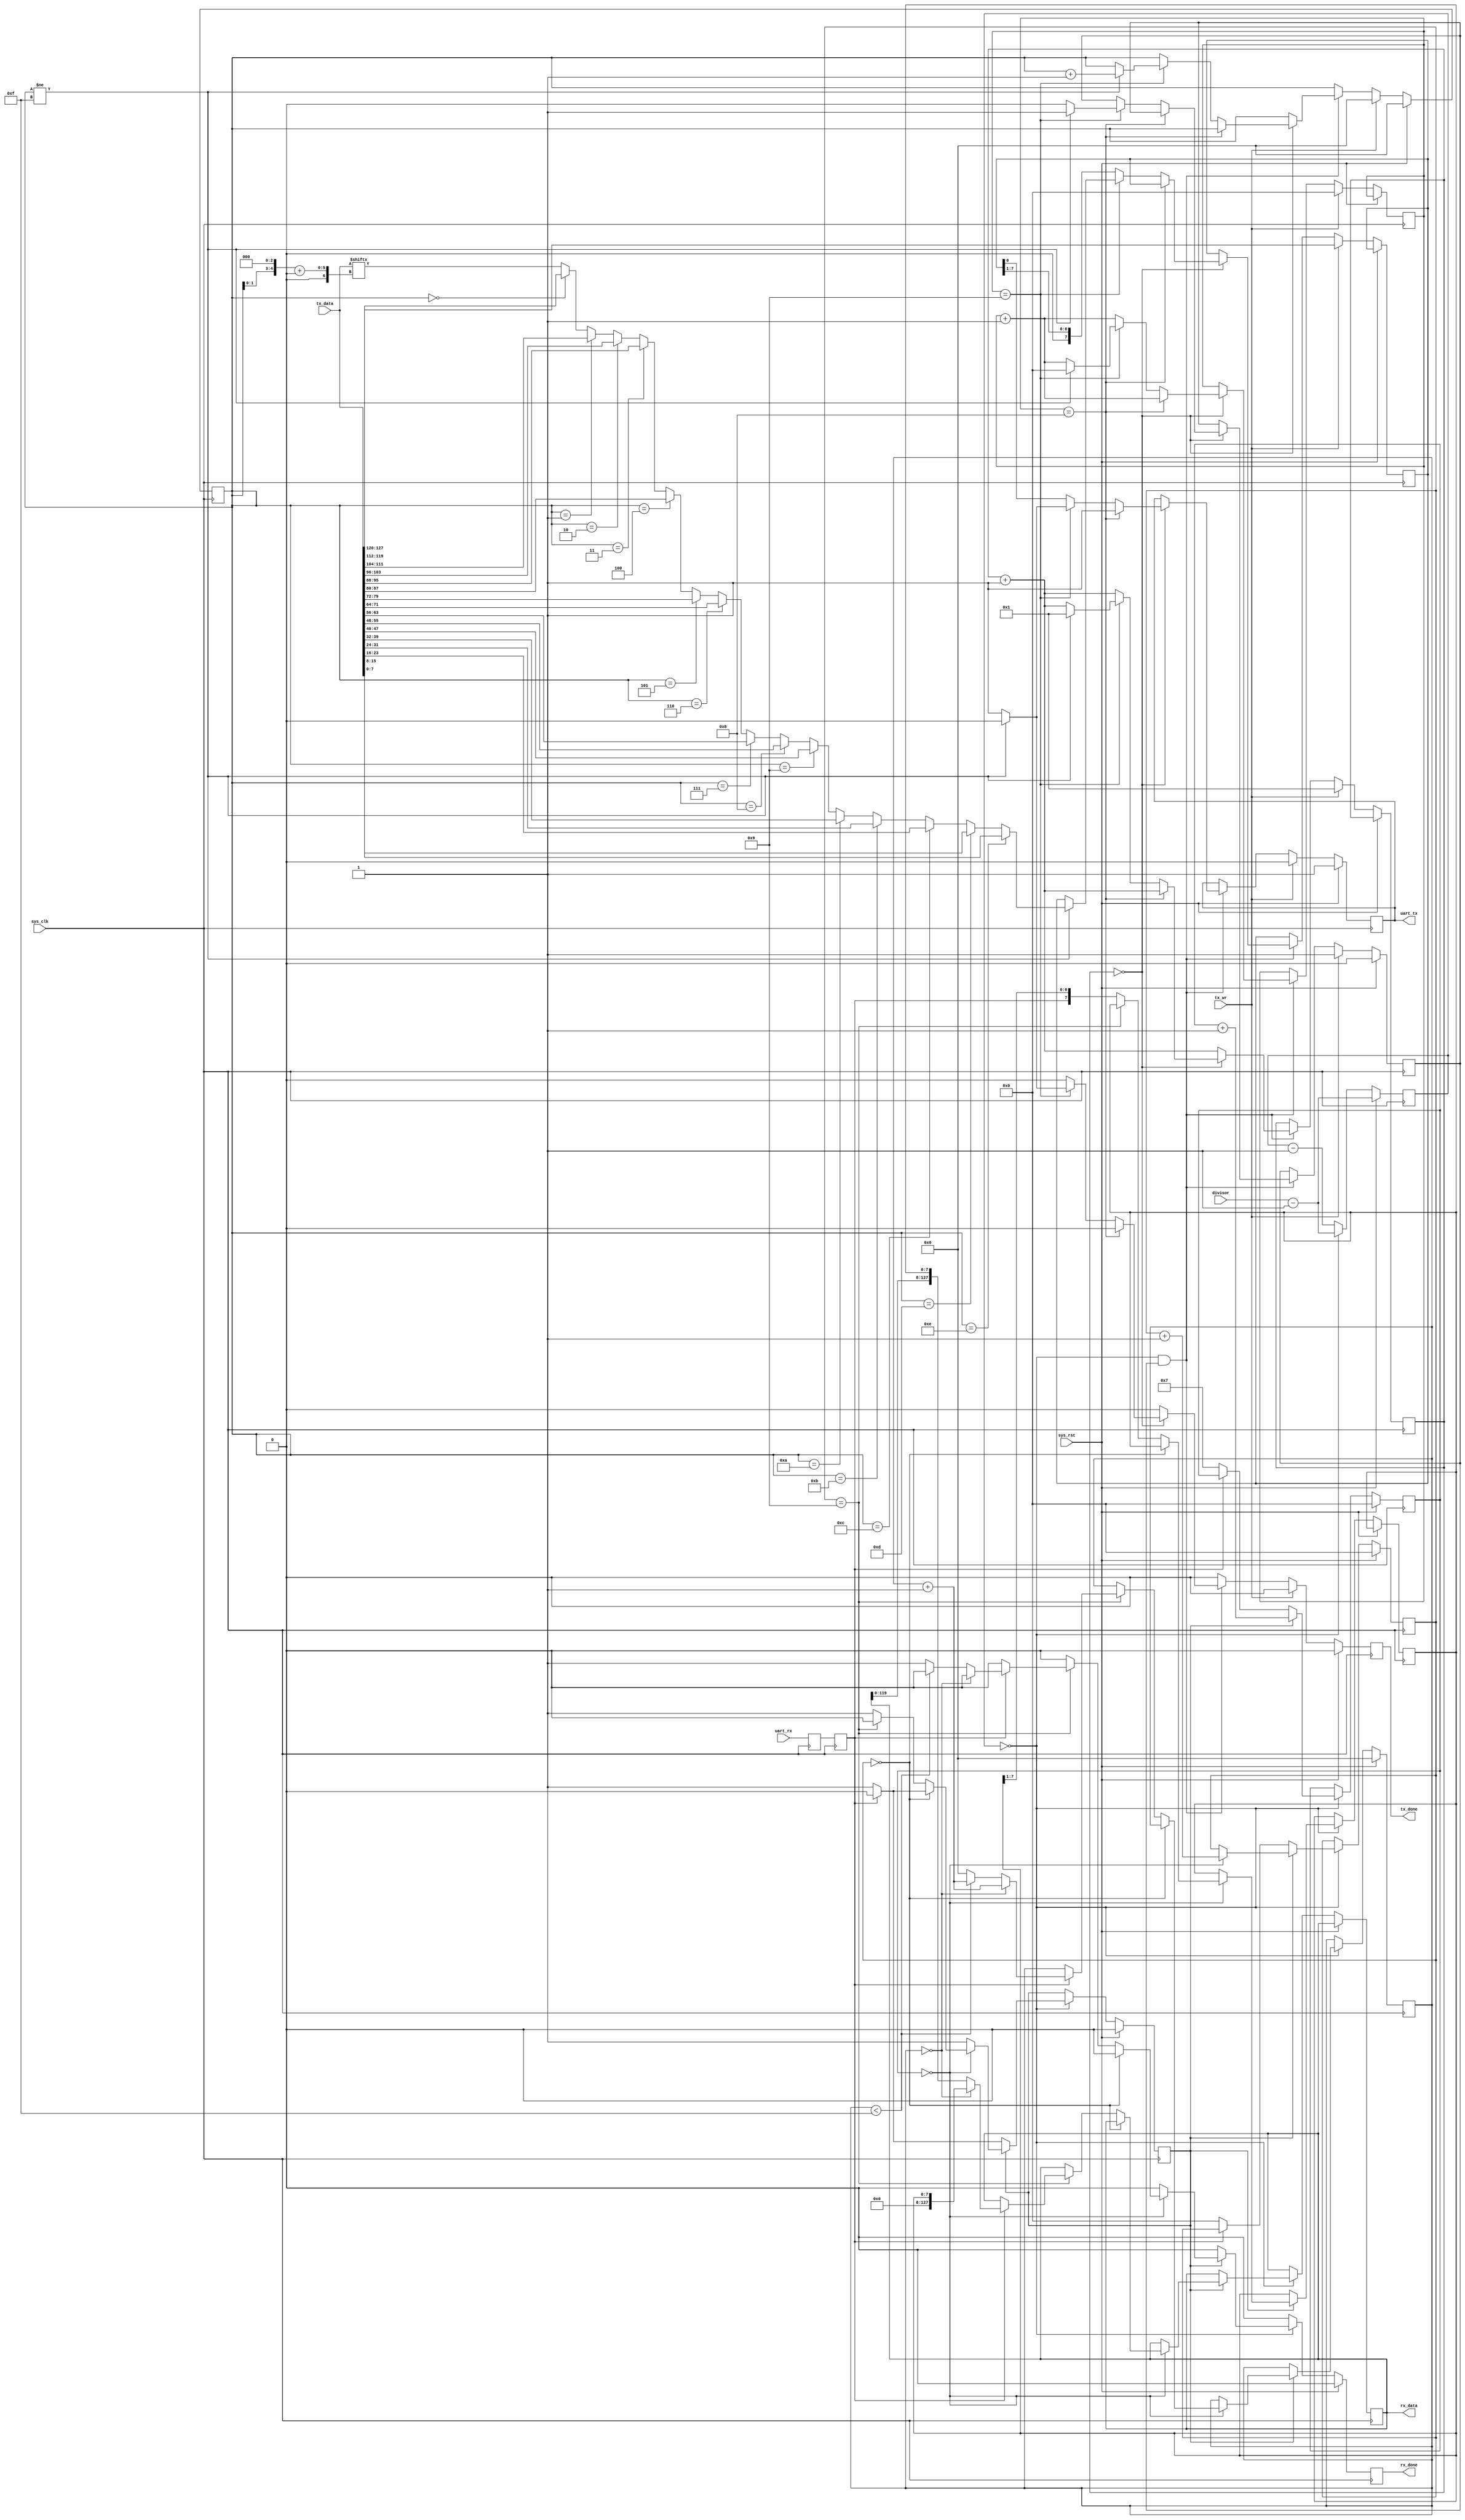
/*
 * Milkymist VJ SoC
 * Copyright (C) 2007, 2008, 2009, 2010 Sebastien Bourdeauducq
 * Copyright (C) 2007 Das Labor
 *
 * This program is free software: you can redistribute it and/or modify
 * it under the terms of the GNU General Public License as published by
 * the Free Software Foundation, version 3 of the License.
 *
 * This program is distributed in the hope that it will be useful,
 * but WITHOUT ANY WARRANTY; without even the implied warranty of
 * MERCHANTABILITY or FITNESS FOR A PARTICULAR PURPOSE.  See the
 * GNU General Public License for more details.
 *
 * You should have received a copy of the GNU General Public License
 * along with this program.  If not, see <http://www.gnu.org/licenses/>.
 */

module uart_transceiver(
	input sys_clk,
	input sys_rst,


	input uart_rx,
	output reg uart_tx,

	input [15:0] divisor,

	output reg [127:0] rx_data, //128bit
	output reg rx_done,

	input [127:0] tx_data,
	input tx_wr,
	output reg tx_done
);

//-----------------------------------------------------------------
// enable16 generator
//-----------------------------------------------------------------
reg [15:0] enable16_counter;

wire enable16;
assign enable16 = (enable16_counter == 16'd0);

always @(posedge sys_clk) begin
	if(sys_rst)
		enable16_counter <= divisor - 16'b1;
	else begin
		enable16_counter <= enable16_counter - 16'd1;
		if(enable16)
			enable16_counter <= divisor - 16'b1;
	end
end

//-----------------------------------------------------------------
// Synchronize uart_rx
//-----------------------------------------------------------------
reg uart_rx1;
reg uart_rx2;

always @(posedge sys_clk) begin
	uart_rx1 <= uart_rx;
	uart_rx2 <= uart_rx1;
end

//-----------------------------------------------------------------
// UART RX Logic
//-----------------------------------------------------------------
reg rx_busy;
reg [3:0] rx_count16;
reg [3:0] rx_bitcount;
reg [4:0] rx_total_octets; //now 16
reg [7:0] rx_reg;

always @(posedge sys_clk) begin
	if(sys_rst) begin
		rx_done <= 1'b0;
		rx_busy <= 1'b0;
		rx_count16  <= 4'd0;
		rx_bitcount <= 4'd0;
		rx_total_octets <= 5'd0;
	end else begin
		rx_done <= 1'b0;

		if(enable16) begin
			if(~rx_busy) begin // look for start bit
				if(~uart_rx2) begin // start bit found
					rx_busy <= 1'b1;
					rx_count16 <= 4'd7;
					rx_bitcount <= 4'd0;
				end
			end else begin
				rx_count16 <= rx_count16 + 4'd1;

				if(rx_count16 == 4'd0) begin // sample
					rx_bitcount <= rx_bitcount + 4'd1;

					if(rx_bitcount == 4'd0) begin // verify startbit
						if(uart_rx2)
							rx_busy <= 1'b0;
					end else if(rx_bitcount == 4'd9) begin
						rx_busy <= 1'b0;
						if(uart_rx2) begin // stop bit ok
							if(rx_total_octets == 4'd0) begin 
								rx_data <= {120'd0, rx_reg};
								rx_total_octets <= rx_total_octets + 4'd1;
							end else if (rx_total_octets < 5'd15) begin
								rx_data <= {rx_data[119:0], rx_reg};
								rx_total_octets <= rx_total_octets + 4'd1;
							end else begin
								rx_data <= {rx_data[119:0], rx_reg};
								rx_done <= 1'b1;
								rx_busy <= 1'b0;
								rx_total_octets <= 4'd0;
							end
						end // ignore RX error
					end else
						rx_reg <= {uart_rx2, rx_reg[7:1]};
				end
			end
		end
	end
end

//-----------------------------------------------------------------
// UART TX Logic
//-----------------------------------------------------------------
reg tx_busy;
reg [3:0] tx_bitcount;
reg [4:0] octets_sent; //16
reg [3:0] tx_count16;
reg [7:0] tx_reg;


always @(posedge sys_clk) begin
	if(sys_rst) begin
		tx_done <= 1'b0;
		tx_busy <= 1'b0;
		uart_tx <= 1'b1;
		octets_sent <= 4'd0;
	end else begin
		tx_done <= 1'b0;
		if(tx_wr) begin
			tx_reg <= tx_data[127:120];
			tx_bitcount <= 6'd0;
			tx_count16 <= 4'd1;
			tx_busy <= 1'b1;
			uart_tx <= 1'b0;
			octets_sent <= 5'd0;
`ifdef SIMULATION
			$display("UART:%c", tx_data);
`endif
		end else if(enable16 && tx_busy) begin
			tx_count16  <= tx_count16 + 4'd1;

			if(tx_count16 == 4'd0) begin
				tx_bitcount <= tx_bitcount + 4'd1;
				
				if(tx_bitcount[3:0] == 4'd8) begin
					uart_tx <= 1'b1;
				end else if(tx_bitcount == 4'd9) begin
					uart_tx <= 1'b1;
					//Does 128 bits back
					if (octets_sent != 4'd15) begin // Is it actually done?
						tx_reg <= tx_data[octets_sent <<3+:8]; //might need to change
						if (octets_sent == 4'd0) tx_reg <= tx_data[119:112];
						if (octets_sent == 4'd1) tx_reg <= tx_data[111:104];
						if (octets_sent == 4'd2) tx_reg <= tx_data[103:96];
						if (octets_sent == 4'd3) tx_reg <= tx_data[95:88];
						if (octets_sent == 4'd4) tx_reg <= tx_data[87:80];
						if (octets_sent == 4'd5) tx_reg <= tx_data[79:72];
						if (octets_sent == 4'd6) tx_reg <= tx_data[71:64];
						if (octets_sent == 4'd7) tx_reg <= tx_data[63:56];
						if (octets_sent == 4'd8) tx_reg <= tx_data[55:48];
						if (octets_sent == 4'd9) tx_reg <= tx_data[47:40];
						if (octets_sent == 4'd10) tx_reg <= tx_data[39:32];
						if (octets_sent == 4'd11) tx_reg <= tx_data[31:24];
						if (octets_sent == 4'd12) tx_reg <= tx_data[23:16];
						if (octets_sent == 4'd13) tx_reg <= tx_data[15:8];
						if (octets_sent == 4'd14) tx_reg <= tx_data[7:0];
						tx_bitcount <= 6'd0;
						tx_count16 <= 4'd1;
						tx_busy <= 1'b1;
						uart_tx <= 1'b0;
						octets_sent <= octets_sent +1;
					end else begin
						tx_busy <= 1'b0;
						tx_done <= 1'b1;
					end
				end else begin
					uart_tx <= tx_reg[0];
					tx_reg <= {1'b0, tx_reg[7:1]};
				end
			end
		end
	end
end

endmodule